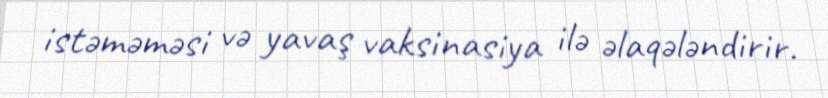
istəməməsi və yavaş vaksinasiya ilə əlaqələndirir.